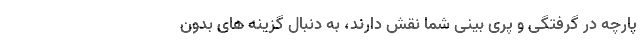
پارچه در گرفتگی و پری بینی شما نقش دارند، به دنبال گزینه های بدون